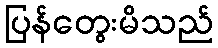
ပြန်တွေးမိသည်